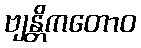
ဗျန္တိကတောဝ